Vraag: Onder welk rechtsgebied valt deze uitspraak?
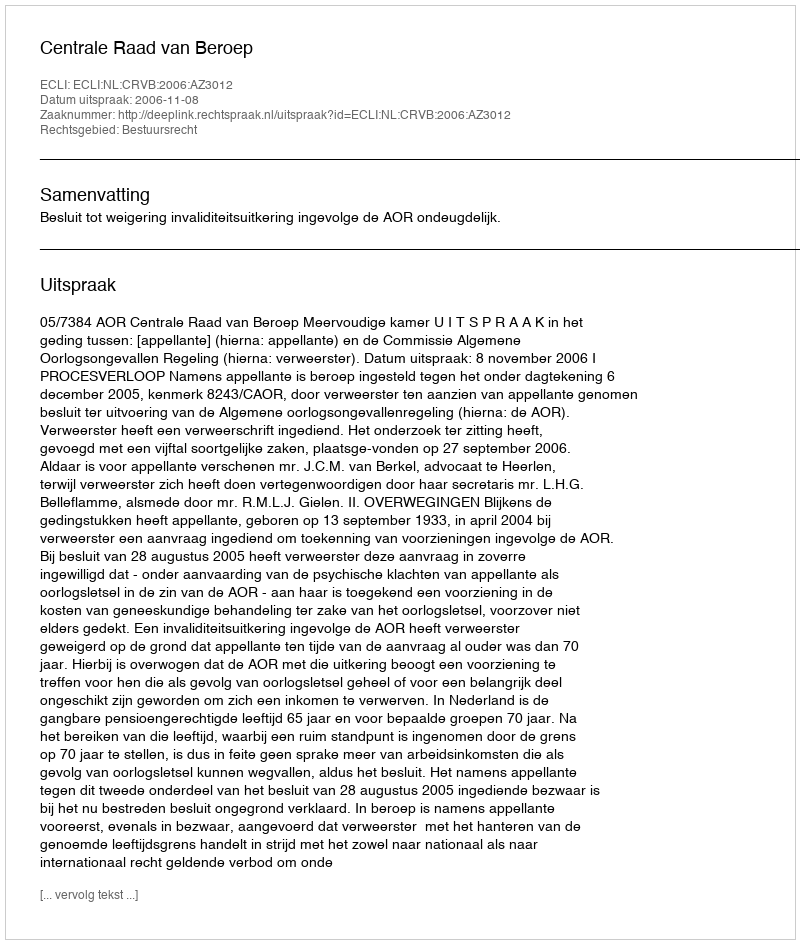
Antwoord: Bestuursrecht